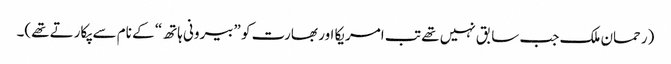
(رحمان ملک جب سابق نہیں تھے تب امریکا اور بھارت کو ”بیرونی ہاتھ“ کے نام سے پکارتے تھے)۔